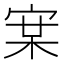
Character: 𭓵